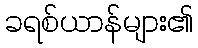
ခရစ်ယာန်များ၏